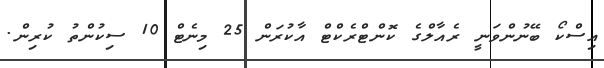
އިސްކޯ ބޭނުންވަނީ ރެއާލްގެ ކޮންޓްރެކްޓް އާކުރަން 25 މިނެޓް 10 ސިކުންތު ކުރިން.